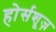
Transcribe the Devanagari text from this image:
होर्सशूज़